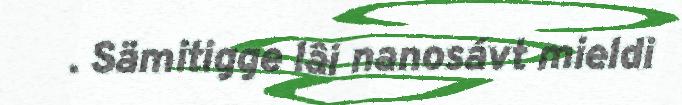
. Sämitigge lâi nanosávt mieldi